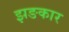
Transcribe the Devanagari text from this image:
झङकार